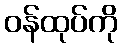
ဝန်ထုပ်ကို